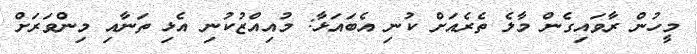
މީހުން ރާވައިގެން މާލެ ތެރެއަށް ކުނި އެބައަޅާ: މުއިއްޒުކުނި އެޅި ތަނާއި މިންވަރަށް